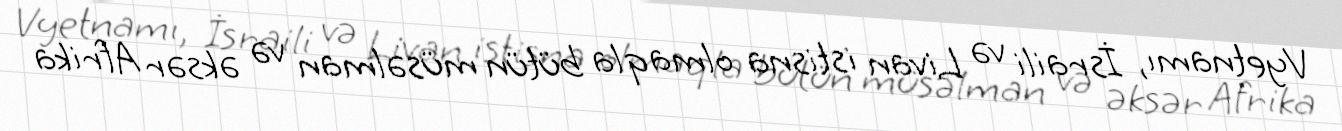
Vyetnamı, İsraili və Livan istisna olmaqla bütün müsəlman və əksər Afrika